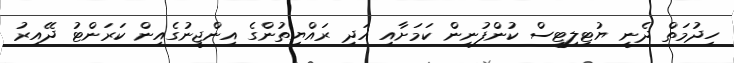
ހިދުމަތް ދެނީ ޔުޓިލިޓީސް ކުންފުނިން ކަމަށާއި އަދި ރައްޔިތުންގެ އިންޖީނުގެއިން ކަރަންޓު ދޭއިރު